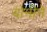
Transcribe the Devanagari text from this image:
बोनीने